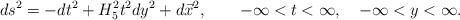
LaTeX: \begin{align*}ds^2 = -dt^2 +H_5^2 t^2 dy^2 +d\vec{x}^2, \qquad -\infty <t <\infty, \quad -\infty <y <\infty.\end{align*}